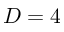
D = 4